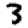
Digit: 3